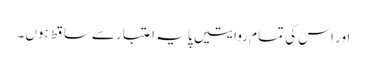
اور اس کی تمام روایتیں پایہ اعتبارسےساقط ہوں۔